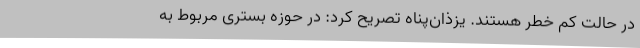
در حالت کم خطر هستند. یزذان‌پناه تصریح کرد: در حوزه بستری مربوط به